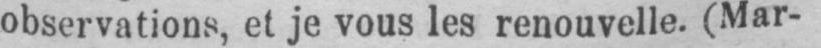
observations, et je vous les renouvelle. (Mar-